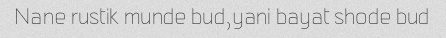
Nane rustik munde bud,yani bayat shode bud